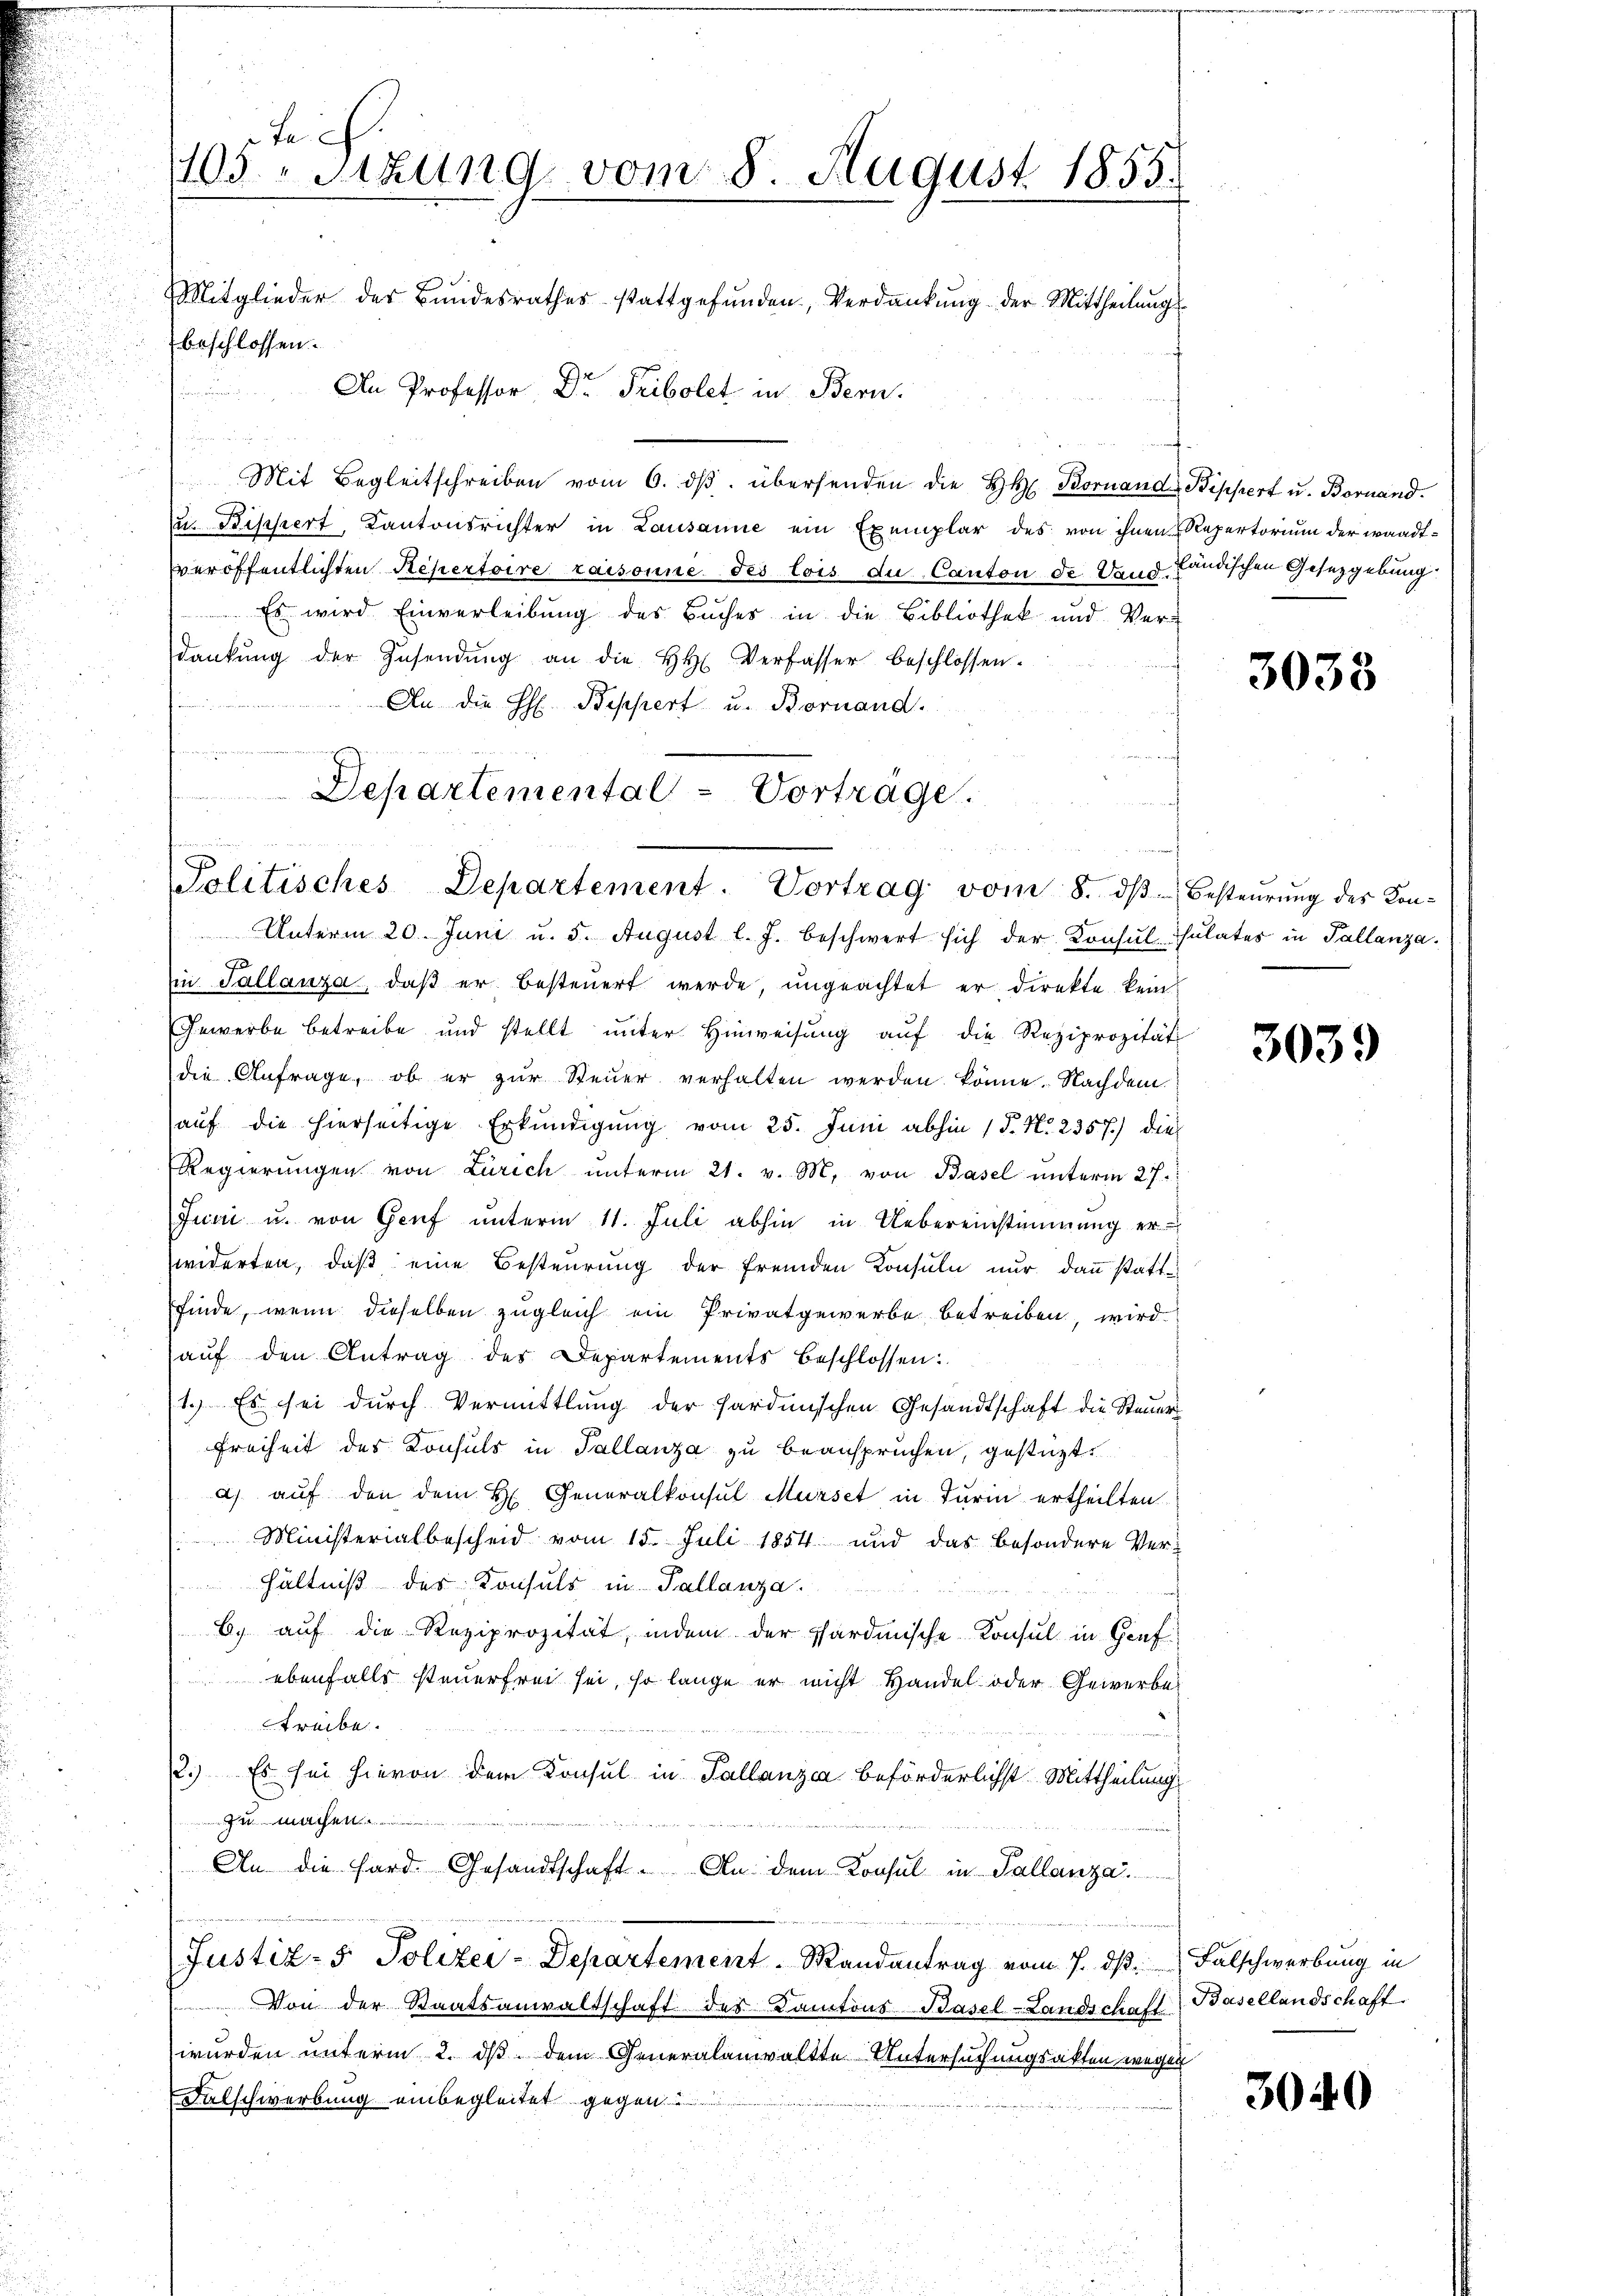
i
i

te
105 Stzung vom 8. August 1855.
Mitglieder des Bundesrathes stattgefŭnden Verdankŭng der Mittheilŭng
beschlossen

.
An Professor Dr. Tribolet in Bern.
en
Mit Begleitschreiben vom 6. dβ übersenden die H. Bornand Bippert u. Bornand.
u. Bischert, Kantonsrichter in Lausanne ein Exemplar des von ihnen Repertorium der waadtveröffentlichten Repertoire raisonne des lois du Canton de Vaud. Ländischen Gesetzgebung
 Es wird Einverleibung des Buches in die Bibliothek und Ver-
dankŭng der Zŭsendŭng an die Hr. Verfasser beschlossen.
An die H: Bippert u. Bornand.
s
Departemental - Vorträge.

Politisches Departement. Vortrag vom 8. dβ besteŭerŭng des Kon-

Unterm 20. Juni u. 5. August l. J. beschwert sich der Konsul sulates in Pallanzain Tallanza, daß er besteŭert werde, ungeachtet er direkte kein
Gewerbe betreibe und stellt ŭnter Hinweisŭng aŭf die Reziprozität
die Anfrage, ob er zŭr Steŭer verhalten werden könne. Nachdem
aŭf die hierseitige Erkundigŭng vom 25. Juni abhin 15. No. 2357) dies
Regierŭngen von Zürich ŭnterm 21. v. M. von Basel ŭnterm 27.
Juni u. von Genf unterm 11. Juli abhin in Uebereinstimmung erwiderten, daß eine Besteurung der fremden Konsuln nur dann stattfinde, wenn dieselben zugleich ein Privatgewerbe betreiben, wird
auf den Antrag des Departements beschlossen:
1. Es sei dŭrch Vermittlung der sardinischen Gesandtschaft die Steŭer
Freiheit des Konsuls in Tallanza zu beanspruchen, gestüzt
a) auf den dem H. Generalkonsul Musset in Turin ertheilten.
 Ministerialbescheid vom 15. Juli 1854 und das besondere Ver¬
 hältniβ des Konsuls in Pallanza.
6. auf die Reziprozität, indem der Sardinische Konsul in Genf
ebenfalls steuerfrei sei, so lange er nicht Handel oder Gewerbe
treibe.
2.) Es sei hievon dem Konsul in Pallanzca beförderlichst Mittheilung
zu machen.......
An die Hard Gesandtschaft. An dem Konsul in Pallanza.
Justiz- & Polizei-Departement. Mandantrag vom 7. ds. Falschwerbung in
Von der Staatsanwaltschaft des Kantons Basel-Landschaft Basellandschaft
wurden unterm 2. ds. dem Generalanwaltte Untersuchungsakten wegen
Falschwerbung einbegleitet gegen
s
d
2 u 35 "

3033

3039

3040